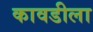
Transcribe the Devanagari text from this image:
कावडीला